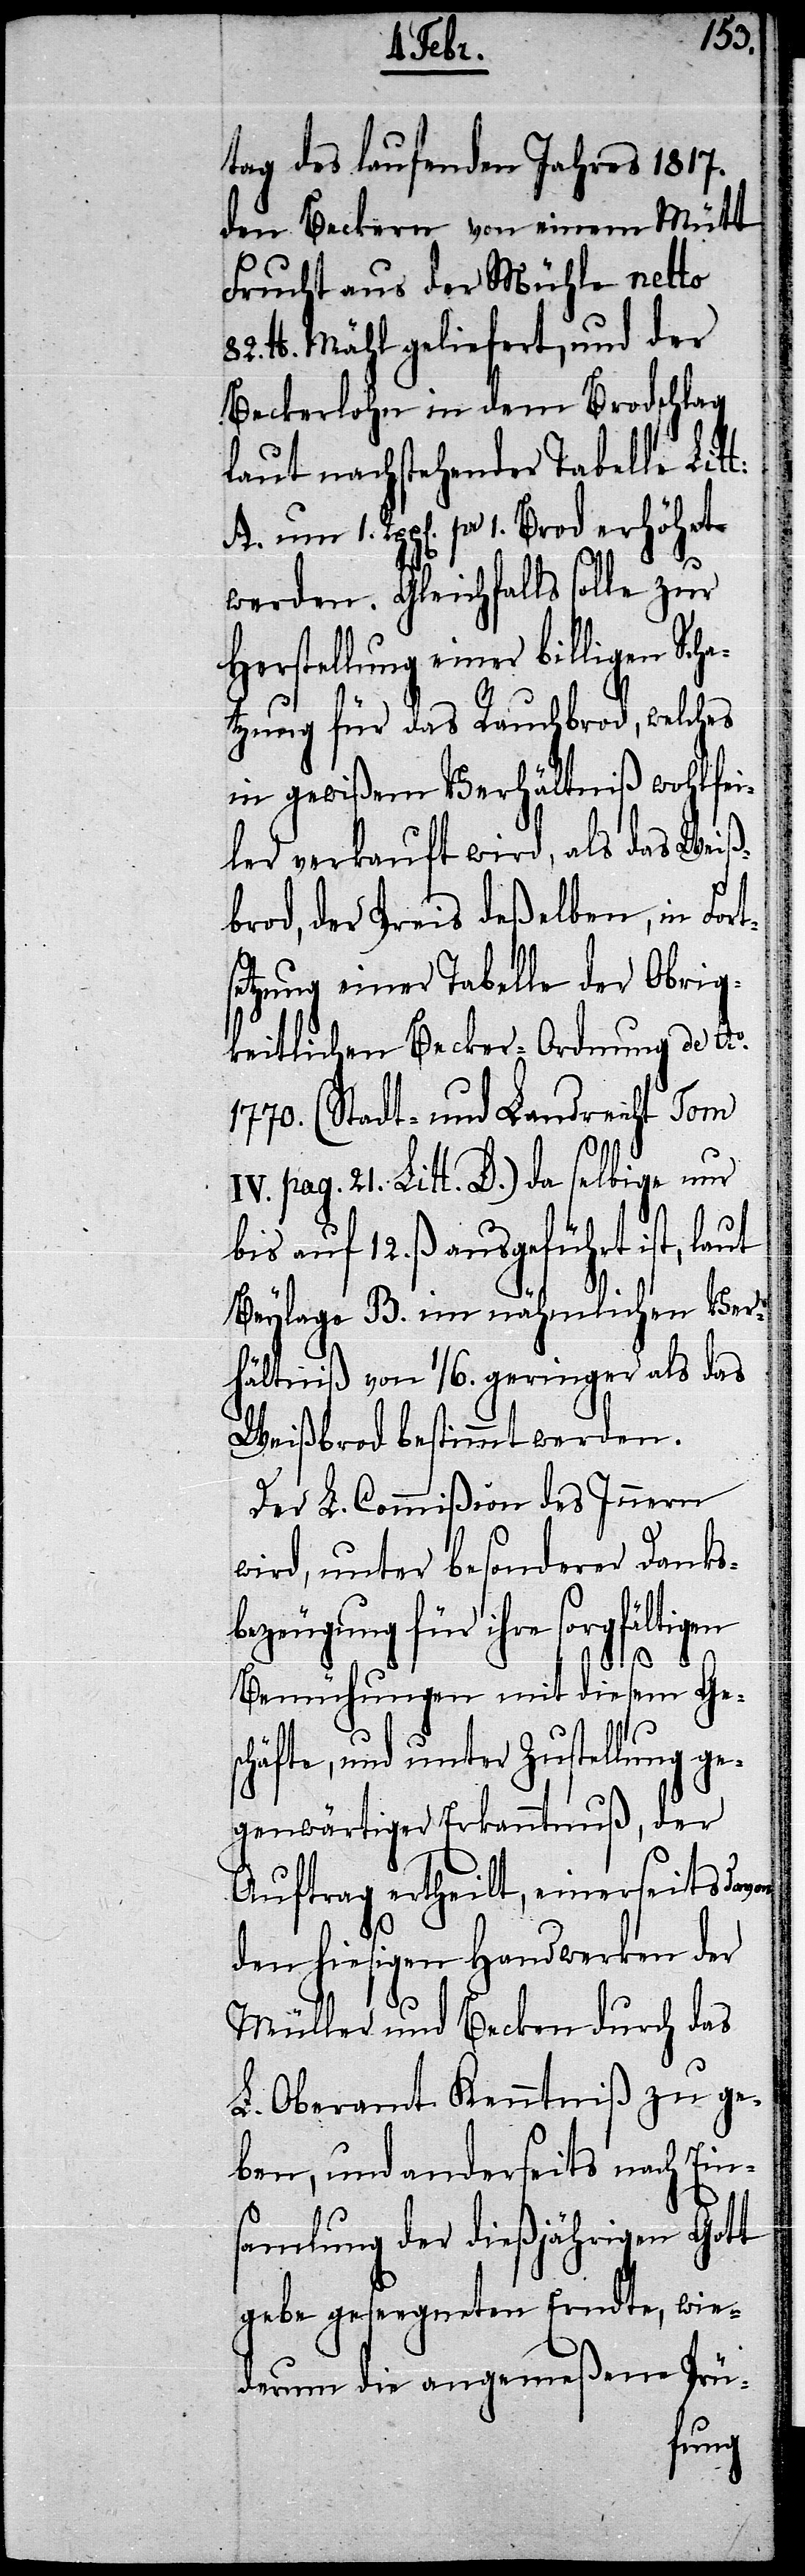
tag des laufenden Jahres 1817.
den Beckern von einem Mütt
Frucht aus der Mühle netto
82. lb. Mähl geliefert, und der
Beckerlohn in dem Brodschlag
laut nachstehender Tabelle Litt:
A. um 1. Rpp[en]. pr 1. Brod erhöhet
werden. Gleichfalls solle zur
Herstellung einer billigen Sch¬
atzung für das Rauchbrod, welches
in gewißem Verhältniß wohlfei¬
ler verkauft wird, als das Weiß¬
brod, der Preis deßelben, in Fort¬
setzung einer Tabelle der Obrig¬
keitlichen Becker-Ordnung de Ao.
1770. (Stadt- und Landrecht Tom
IV. pag. 21. Litt. D.) da selbige nur
bis auf 12. ß. ausgeführt ist, laut
Beylage B. im nähmlichen Ver¬
hältniß von 1/6. geringer als das
Weißbrod bestimmt werden.
Der L. Commißion des Innern
wird, unter besonderer Danks¬
bezeugung für ihre sorgfältigen
Bemühungen mit diesem Ges¬
chäfte, und unter Zustellung ge¬
genwärtiger Erkanntnuß, der
Auftrag ertheilt, einerseits davon
den hiesigen Handwerken der
Müller und Becken durch das
L. Oberamt Kenntniß zu ge¬
ben, und anderseits nach Ein¬
samlung der dießjährigen Gott
gebe geseegneten Erndte, wie¬
derum die angemeßene Prü-